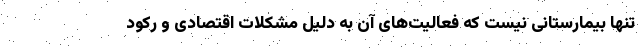
تنها بیمارستانی نیست که فعالیت‌های آن به دلیل مشکلات اقتصادی و رکود